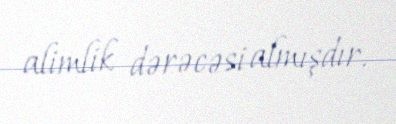
alimlik dərəcəsi almışdır.